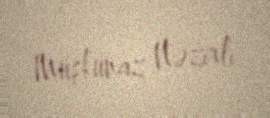
Müşkünaz Nəzirli